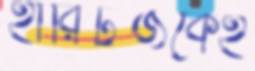
হারিটজকেই